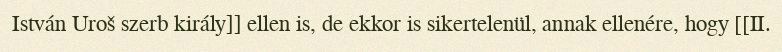
István Uroš szerb király]] ellen is, de ekkor is sikertelenül, annak ellenére, hogy [[II.